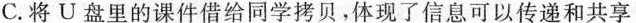
C. 将U盘里的课件借给同学拷贝，体现了信息可以传递和共享